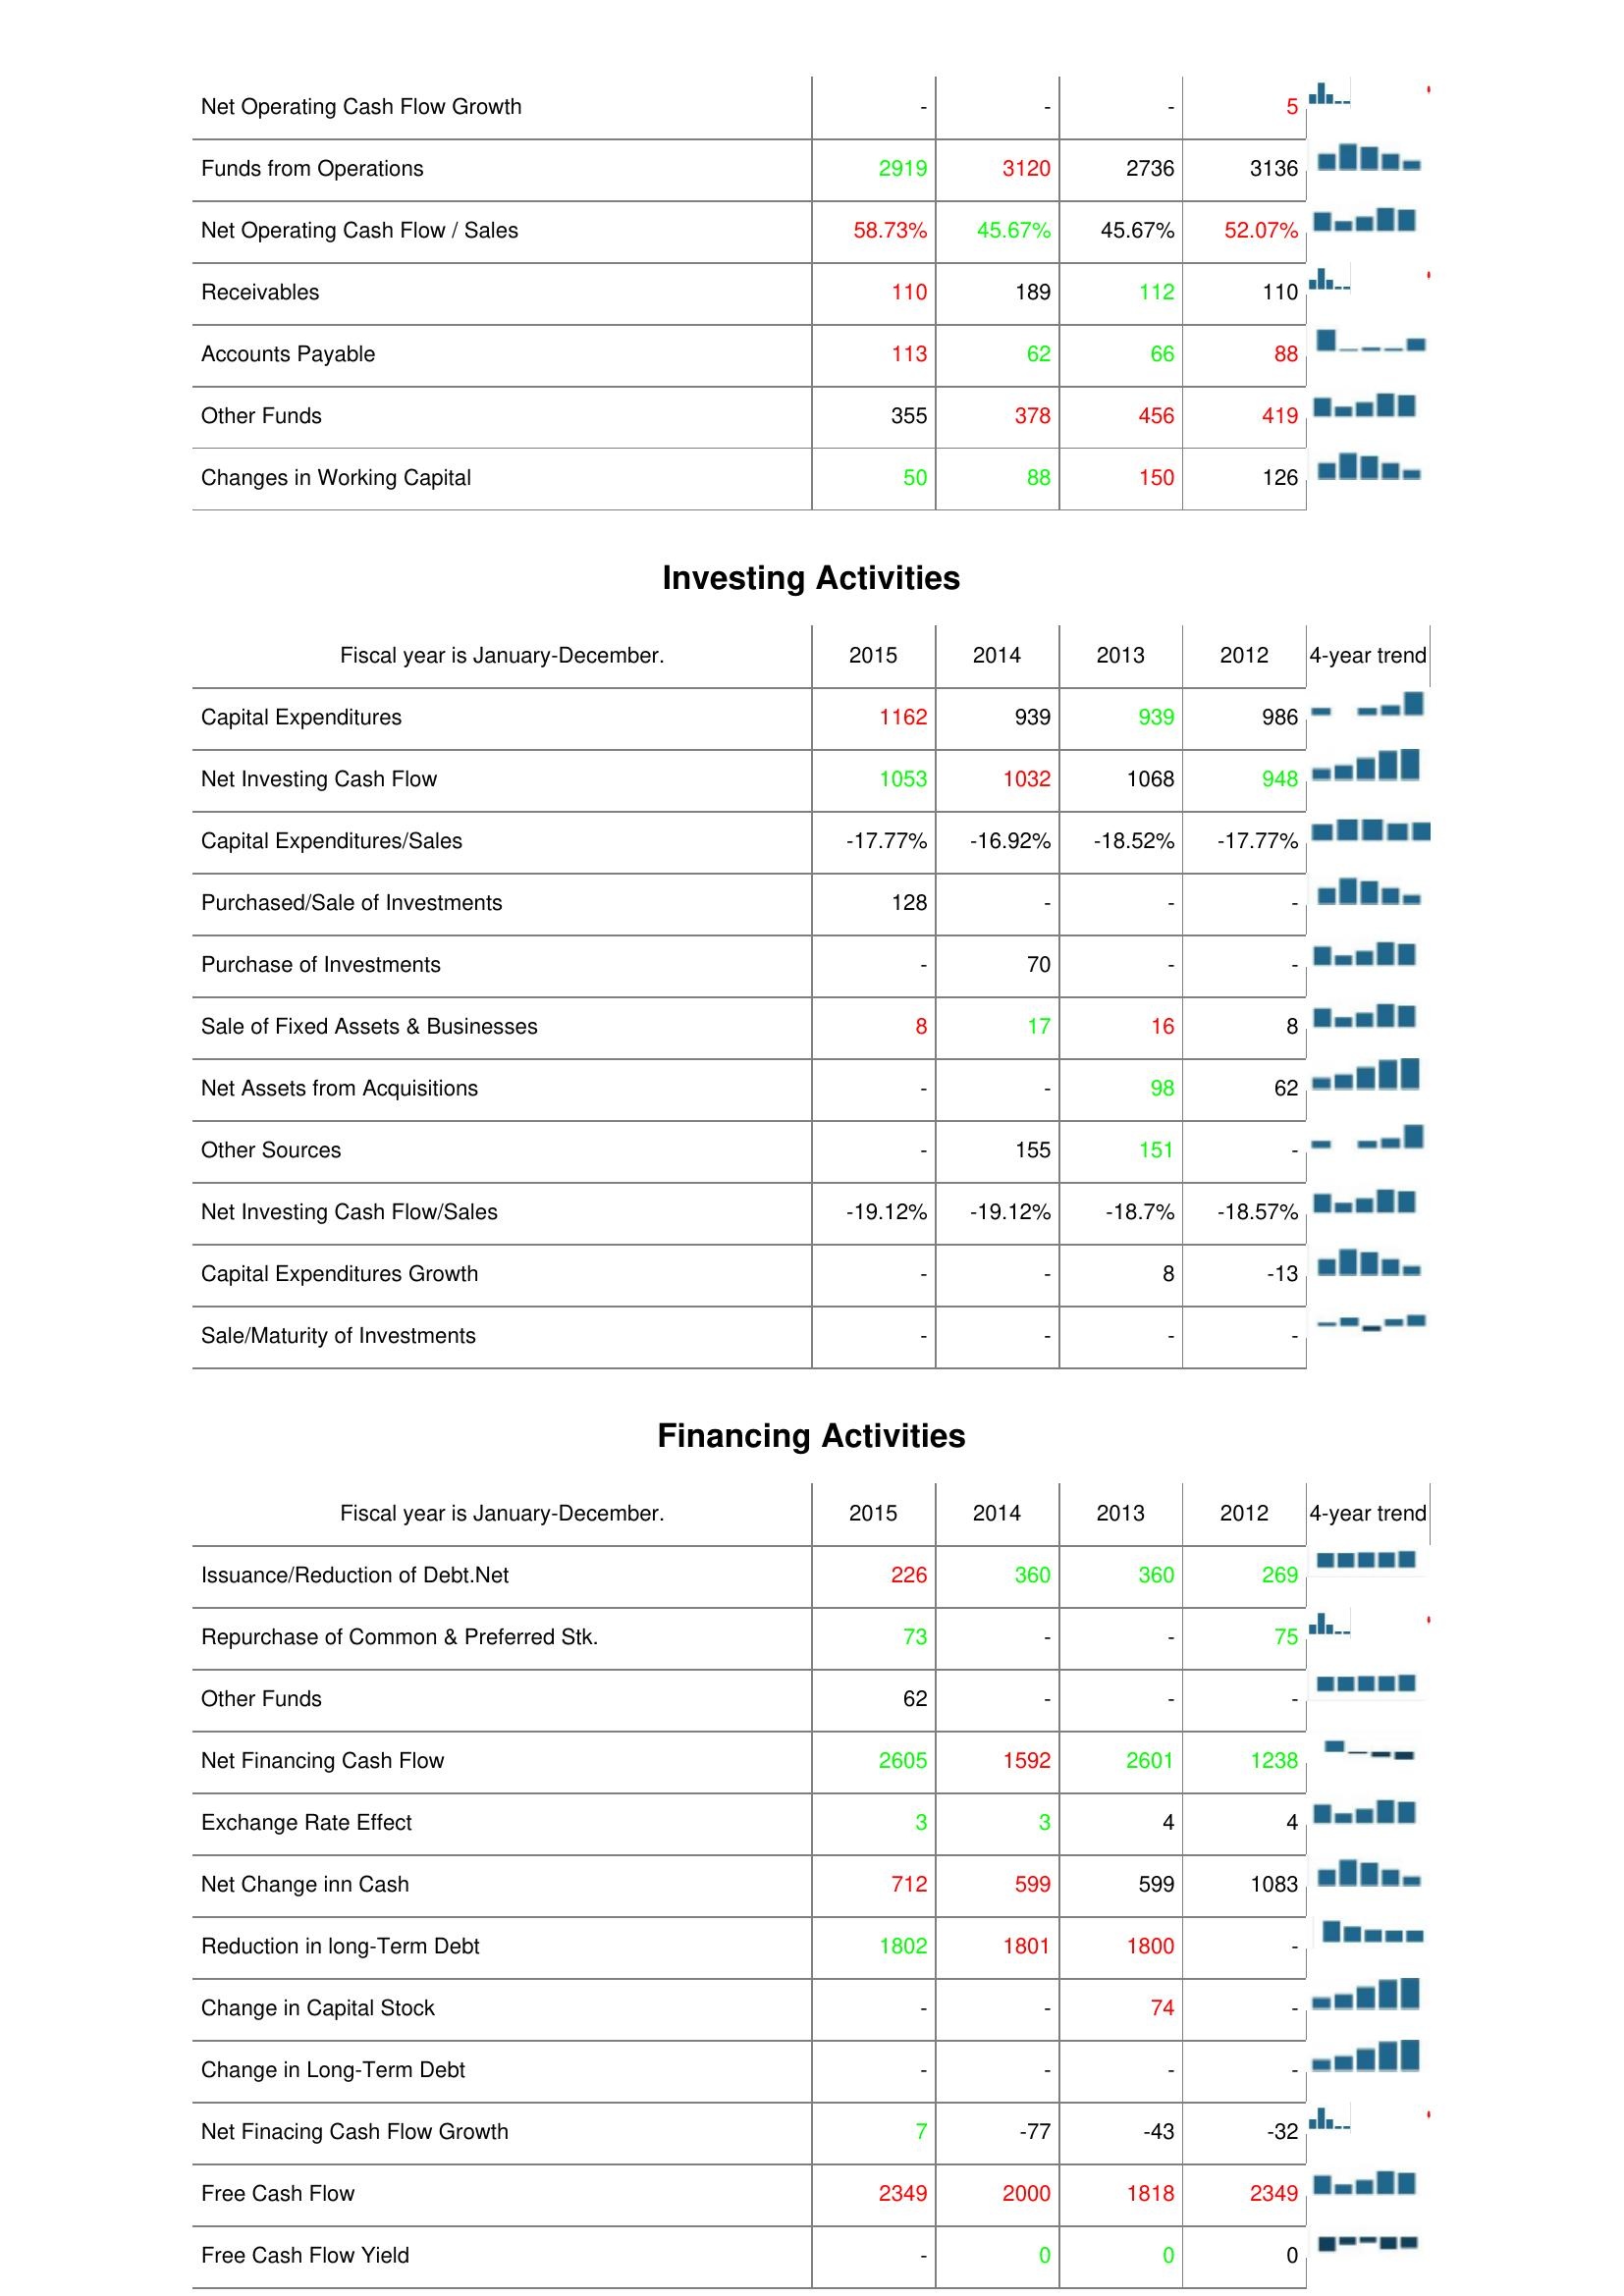
2015: Operating Activities: Net Operating Cash Flow Growth: -
Funds from Operations: 2919
Net Operating Cash Flow / Sales: 58.73%
Receivables: 110
Accounts Payable: 113
Other Funds: 355
Changes in Working Capital: 50
Investing Activities: Capital Expenditures: 1162
Net Investing Cash Flow: 1053
Capital Expenditures/Sales: -17.77%
Purchased/Sale of Investments: 128
Purchase of Investments: -
Sale of Fixed Assets & Businesses: 8
Net Assets from Acquisitions: -
Other Sources: -
Net Investing Cash Flow/Sales: -19.12%
Capital Expenditures Growth: -
Sale/Maturity of Investments: -
Financing Activities: Issuance/Reduction of Debt.Net: 226
Repurchase of Common & Preferred Stk.: 73
Other Funds: 62
Net Financing Cash Flow: 2605
Exchange Rate Effect: 3
Net Change inn Cash: 712
Reduction in long-Term Debt: 1802
Change in Capital Stock: -
Change in Long-Term Debt: -
Net Finacing Cash Flow Growth: 7
Free Cash Flow: 2349
Free Cash Flow Yield: -
2014: Operating Activities: Net Operating Cash Flow Growth: -
Funds from Operations: 3120
Net Operating Cash Flow / Sales: 45.67%
Receivables: 189
Accounts Payable: 62
Other Funds: 378
Changes in Working Capital: 88
Investing Activities: Capital Expenditures: 939
Net Investing Cash Flow: 1032
Capital Expenditures/Sales: -16.92%
Purchased/Sale of Investments: -
Purchase of Investments: 70
Sale of Fixed Assets & Businesses: 17
Net Assets from Acquisitions: -
Other Sources: 155
Net Investing Cash Flow/Sales: -19.12%
Capital Expenditures Growth: -
Sale/Maturity of Investments: -
Financing Activities: Issuance/Reduction of Debt.Net: 360
Repurchase of Common & Preferred Stk.: -
Other Funds: -
Net Financing Cash Flow: 1592
Exchange Rate Effect: 3
Net Change inn Cash: 599
Reduction in long-Term Debt: 1801
Change in Capital Stock: -
Change in Long-Term Debt: -
Net Finacing Cash Flow Growth: -77
Free Cash Flow: 2000
Free Cash Flow Yield: 0
2013: Operating Activities: Net Operating Cash Flow Growth: -
Funds from Operations: 2736
Net Operating Cash Flow / Sales: 45.67%
Receivables: 112
Accounts Payable: 66
Other Funds: 456
Changes in Working Capital: 150
Investing Activities: Capital Expenditures: 939
Net Investing Cash Flow: 1068
Capital Expenditures/Sales: -18.52%
Purchased/Sale of Investments: -
Purchase of Investments: -
Sale of Fixed Assets & Businesses: 16
Net Assets from Acquisitions: 98
Other Sources: 151
Net Investing Cash Flow/Sales: -18.7%
Capital Expenditures Growth: 8
Sale/Maturity of Investments: -
Financing Activities: Issuance/Reduction of Debt.Net: 360
Repurchase of Common & Preferred Stk.: -
Other Funds: -
Net Financing Cash Flow: 2601
Exchange Rate Effect: 4
Net Change inn Cash: 599
Reduction in long-Term Debt: 1800
Change in Capital Stock: 74
Change in Long-Term Debt: -
Net Finacing Cash Flow Growth: -43
Free Cash Flow: 1818
Free Cash Flow Yield: 0
2012: Operating Activities: Net Operating Cash Flow Growth: 5
Funds from Operations: 3136
Net Operating Cash Flow / Sales: 52.07%
Receivables: 110
Accounts Payable: 88
Other Funds: 419
Changes in Working Capital: 126
Investing Activities: Capital Expenditures: 986
Net Investing Cash Flow: 948
Capital Expenditures/Sales: -17.77%
Purchased/Sale of Investments: -
Purchase of Investments: -
Sale of Fixed Assets & Businesses: 8
Net Assets from Acquisitions: 62
Other Sources: -
Net Investing Cash Flow/Sales: -18.57%
Capital Expenditures Growth: -13
Sale/Maturity of Investments: -
Financing Activities: Issuance/Reduction of Debt.Net: 269
Repurchase of Common & Preferred Stk.: 75
Other Funds: -
Net Financing Cash Flow: 1238
Exchange Rate Effect: 4
Net Change inn Cash: 1083
Reduction in long-Term Debt: -
Change in Capital Stock: -
Change in Long-Term Debt: -
Net Finacing Cash Flow Growth: -32
Free Cash Flow: 2349
Free Cash Flow Yield: 0